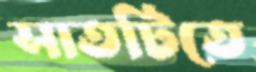
সাতটিতে